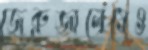
জেরুজালেমেও